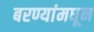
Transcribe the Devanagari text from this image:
बरण्यांमधून